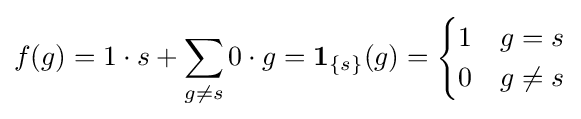
f(g)=1\cdot s+\sum _{g\not =s}0\cdot g=\mathbf {1} _{\{s\}}(g)={\begin{cases}1&g=s\\0&g\neq s\end{cases}}